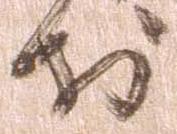
於